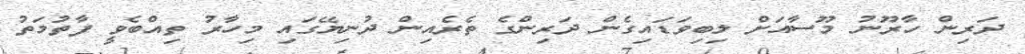
ދަރިން ހާރޫނު މޫސާއަށް ލިބިވަޑައިގެން ދަރިންގެ ތެރެއިން ދުނިޔޭގައި މިހާރު ތިއްބެވީ ފާތުމަތު